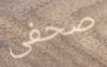
صحفى